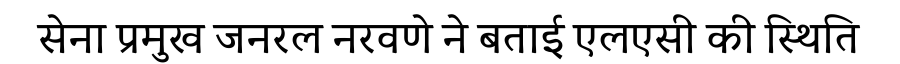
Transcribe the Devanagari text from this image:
सेना प्रमुख जनरल नरवणे ने बताई एलएसी की स्थिति